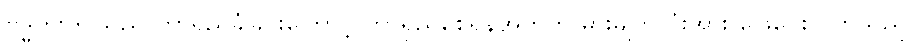
ဗုဒ္ဓဟူးတို.သည် တာရှည်ခံခြင်းကြောင့် တာရှည်စေရန်အတွက် ဓားမျက်လုံးအား ဖြေပေးလိုက်သည်